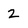
Character: 2